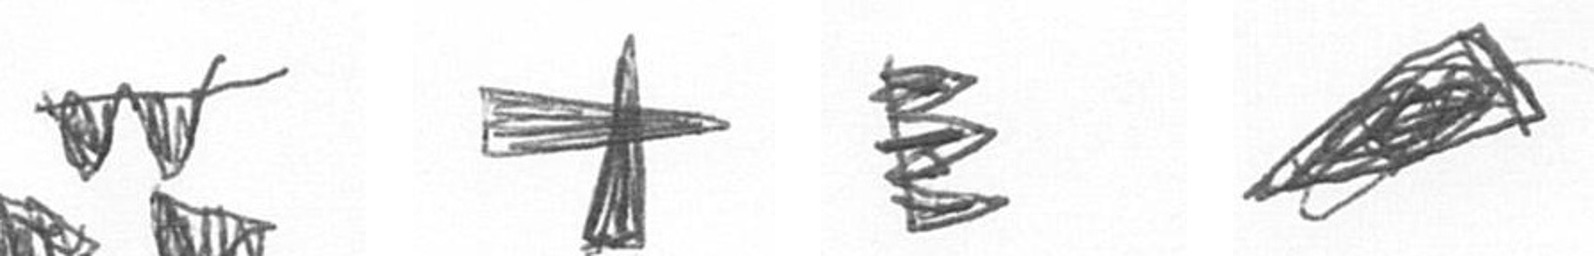
B G H O